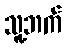
သူ့ဘက်